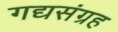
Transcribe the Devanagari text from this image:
गद्यसंग्रह